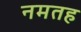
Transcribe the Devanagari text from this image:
नमतह